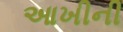
આખીની